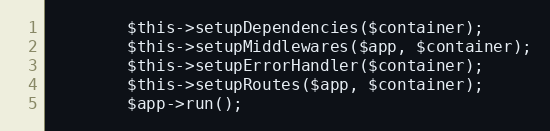
Language: PHP
        $this->setupDependencies($container);
        $this->setupMiddlewares($app, $container);
        $this->setupErrorHandler($container);
        $this->setupRoutes($app, $container);
        $app->run();